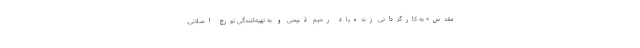
مقدس» به کارگردانی زنده‌یاد رحیم ذبیحی و به تهیه‌کنندگی تورج اصلانی،